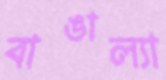
বাঙাল্যা